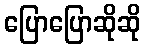
ပြောပြောဆိုဆို